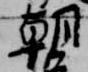
朝